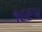
૧૯૯૫